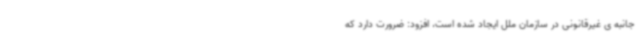
جانبه ی غیرقانونی در سازمان ملل ایجاد شده است، افزود: ضرورت دارد که